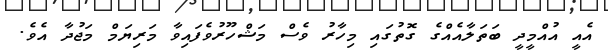
އެއީ އުއްމީދީ ބަތަލާއެއްގެ ގޮތުގައި މިހާރު ވެސް މަޝްހޫރުވެފައިވާ މަރިޔަމް މަޖުދާ އެވެ.